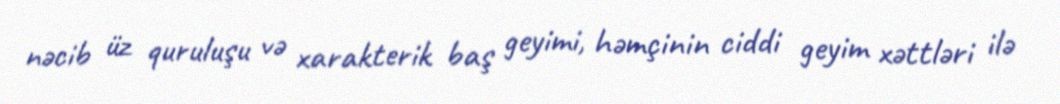
nəcib üz quruluşu və xarakterik baş geyimi, həmçinin ciddi geyim xəttləri ilə